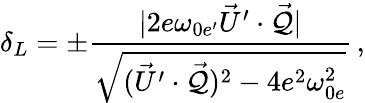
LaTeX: \delta_{L}=\pm\frac{|2e\omega_{0e^{\prime}}\vec{U}^{\prime}\cdot\vec{\cal Q}|}{\sqrt{(\vec{U}^{\prime}\cdot\vec{\cal Q})^{2}-4e^{2}\omega_{0e}^{2}}}\, ,